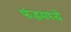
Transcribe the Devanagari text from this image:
फंडमध्ये